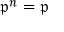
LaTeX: { \mathfrak { p } } ^ { n } = { \mathfrak { p } }